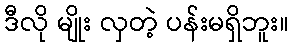
ဒီလို မျိုး လှတဲ့ ပန်းမရှိဘူး။